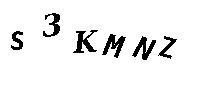
S3KMNZ